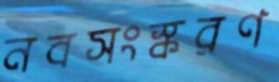
নবসংস্করণ